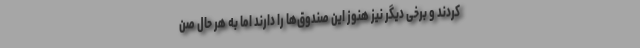
کردند و برخی دیگر نیز هنوز این صندوق‌ها را دارند اما به هر حال صن